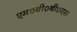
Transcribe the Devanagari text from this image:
एम०बी०बी०एस